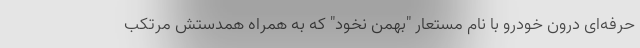
حرفه‌ای درون خودرو با نام مستعار "بهمن نخود" که به همراه همدستش مرتکب